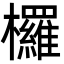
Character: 欏